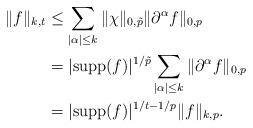
LaTeX: \begin{align*}\|f\|_{k,t} &\le \sum_{|\alpha| \le k} \|\chi\|_{0,\tilde{p}} \|\partial^\alpha f\|_{0,p} \\&= |\mathrm{supp}(f)|^{1/\tilde{p}} \sum_{|\alpha| \le k} \|\partial^\alpha f\|_{0,p} \\&= |\mathrm{supp}(f)|^{1/t-1/p} \|f\|_{k,p}.\end{align*}